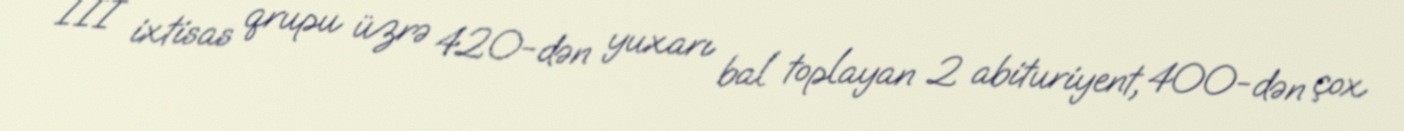
III ixtisas qrupu üzrə 420-dən yuxarı bal toplayan 2 abituriyent, 400-dən çox